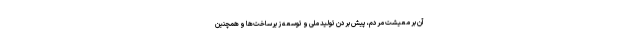
آن بر معیشت مردم، پیش‌ بردن تولید ملی و توسعه زیرساخت‌ها و همچنین